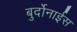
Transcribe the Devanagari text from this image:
बुर्दोनाईस